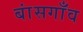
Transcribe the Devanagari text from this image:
बांसगाँव